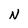
Character: N